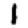
Digit: 1